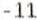
-11